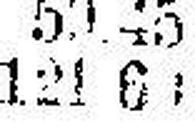
121 60